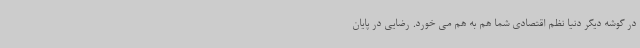
در گوشه دیگر دنیا نظم اقتصادی شما هم به هم می خورد. رضایی در پایان